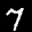
Label: 7